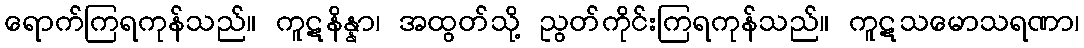
ရောက်ကြရကုန်သည်။ ကူဋနိန္နာ၊ အထွတ်သို့ ညွတ်ကိုင်းကြရကုန်သည်။ ကူဋသမောသရဏာ၊